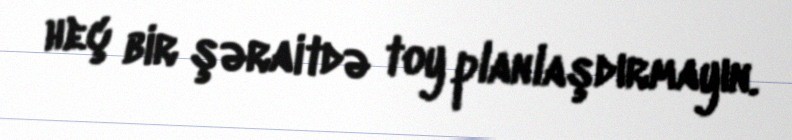
heç bir şəraitdə toy planlaşdırmayın.